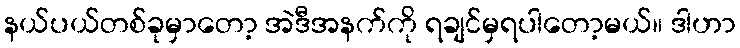
နယ်ပယ်တစ်ခုမှာတော့ အဲဒီအနက်ကို ရချင်မှရပါတော့မယ်။ ဒါဟာ